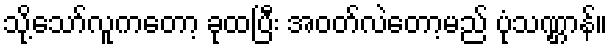
သို့သော်လူကတော့ ခုထပြီး အဝတ်လဲတော့မည် ပုံသဏ္ဌာန်။